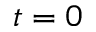
t = 0